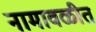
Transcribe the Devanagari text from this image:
नामावळीत